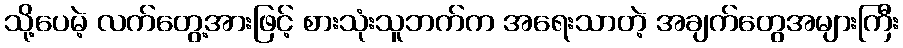
သို့ပေမဲ့ လက်တွေ့အားဖြင့် စားသုံးသူဘက်က အရေးသာတဲ့ အချက်တွေအများကြီး